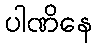
ပါဏိနေ